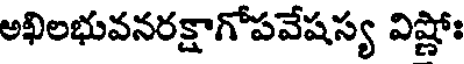
అఖిలభువనరక్షాగోపవేషస్య విష్ణోః